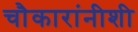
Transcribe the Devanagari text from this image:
चौकारांनीशी